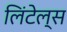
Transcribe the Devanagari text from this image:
लिंटेल्स